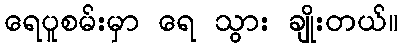
ရေပူစမ်းမှာ ရေ သွား ချိုးတယ်။